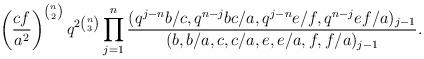
LaTeX: \begin{align*}\left(\frac{cf}{a^2}\right)^{\binom n2}q^{2\binom n3}\prod_{j=1}^n\frac{(q^{j-n}b/c,q^{n-j}bc/a,q^{j-n}e/f,q^{n-j}ef/a)_{j-1}}{(b,b/a,c,c/a,e,e/a,f,f/a)_{j-1}}.\end{align*}